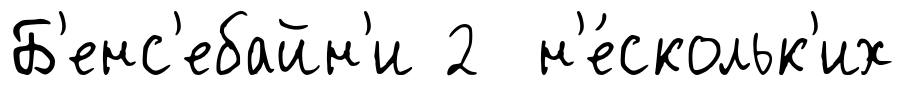
Б'енс'ебайн'и 2 н'е́скольк'их